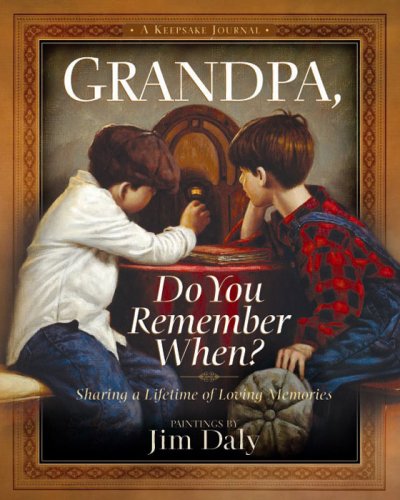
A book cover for Grandpa, Do You Remember When?: Sharing a Lifetime of Loving  Memories--A Keepsake Journal; Parenting & Relationships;